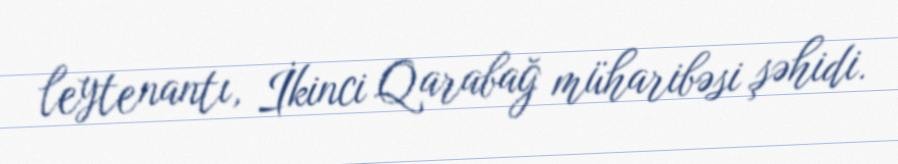
leytenantı, İkinci Qarabağ müharibəsi şəhidi.